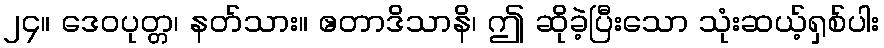
၂၄။ ဒေဝပုတ္တ၊ နတ်သား။ ဧတာဒိသာနိ၊ ဤ ဆိုခဲ့ပြီးသော သုံးဆယ့်ရှစ်ပါး